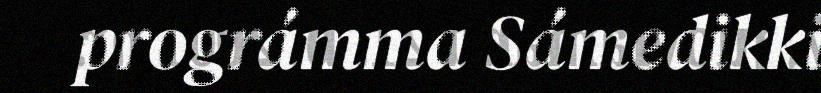
prográmma Sámedikki